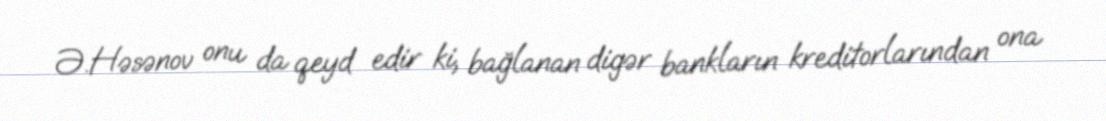
Ə.Həsənov onu da qeyd edir ki, bağlanan digər bankların kreditorlarından ona